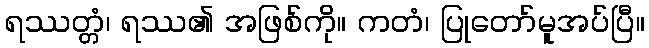
ရဿတ္တံ၊ ရဿ၏ အဖြစ်ကို။ ကတံ၊ ပြုတော်မူအပ်ပြီ။